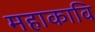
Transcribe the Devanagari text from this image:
महाकावि